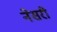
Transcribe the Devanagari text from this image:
नेसरी